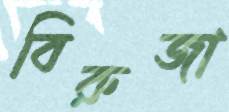
বিরুজা